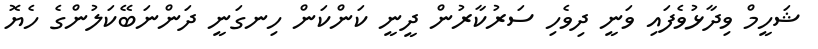
ޝަހީމް ވިދާޅުވެފައި ވަނީ ދިވެހި ސަރުކާރުން ދީނީ ކަންކަން ހިނގަނީ ދަންނަބޭކަލުންގެ ހެޔޮ